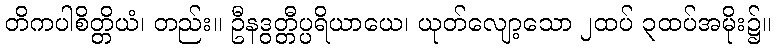
တိကပါစိတ္တိယံ၊ တည်း။ ဦနဒွတ္တီပ္ပရိယာယေ၊ ယုတ်လျော့သော ၂ထပ် ၃ထပ်အမိုး၌။